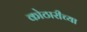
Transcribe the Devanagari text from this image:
कोठारीच्या